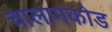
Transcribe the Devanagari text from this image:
चालामकोड